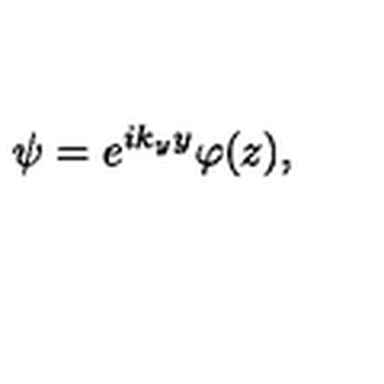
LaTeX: \psi = e ^ { i k _ { y } y } \varphi ( z ) ,